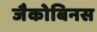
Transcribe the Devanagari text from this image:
जैकोबिनस